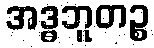
အဒ္ဓဘူတဉ္စ